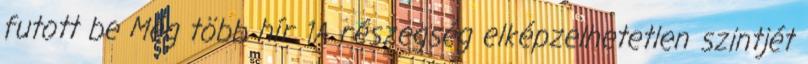
futott be Még több hír 1A részegség elképzelhetetlen szintjét